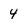
Character: 4